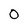
Character: 0